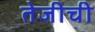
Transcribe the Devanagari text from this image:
तेजीची